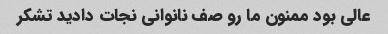
عالی بود ممنون ما رو صف نانوانی نجات دادید تشکر